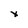
Character: x